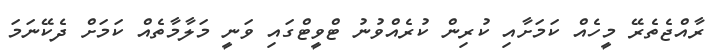
ރާއްޖެތެރޭ މީހެއް ކަމަށާއި ކުރިން ކުރެއްވުނު ޓްވީޓްގައި ވަނީ މަލާމާތެއް ކަމަށް ދެކޭނަމަ